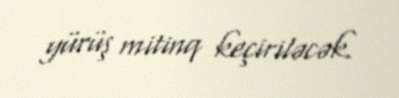
yürüş mitinq keçiriləcək.